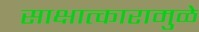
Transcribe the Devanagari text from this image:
साक्षात्कारामुळे